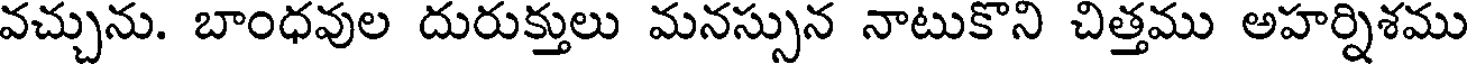
వచ్చును. బాంధవుల దురుక్తులు మనస్సున నాటుకొని చిత్తము అహర్నిశము